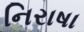
નિરાષા